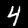
Digit: 4